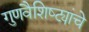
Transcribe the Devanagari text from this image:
गुणवैशिष्ट्यांचे